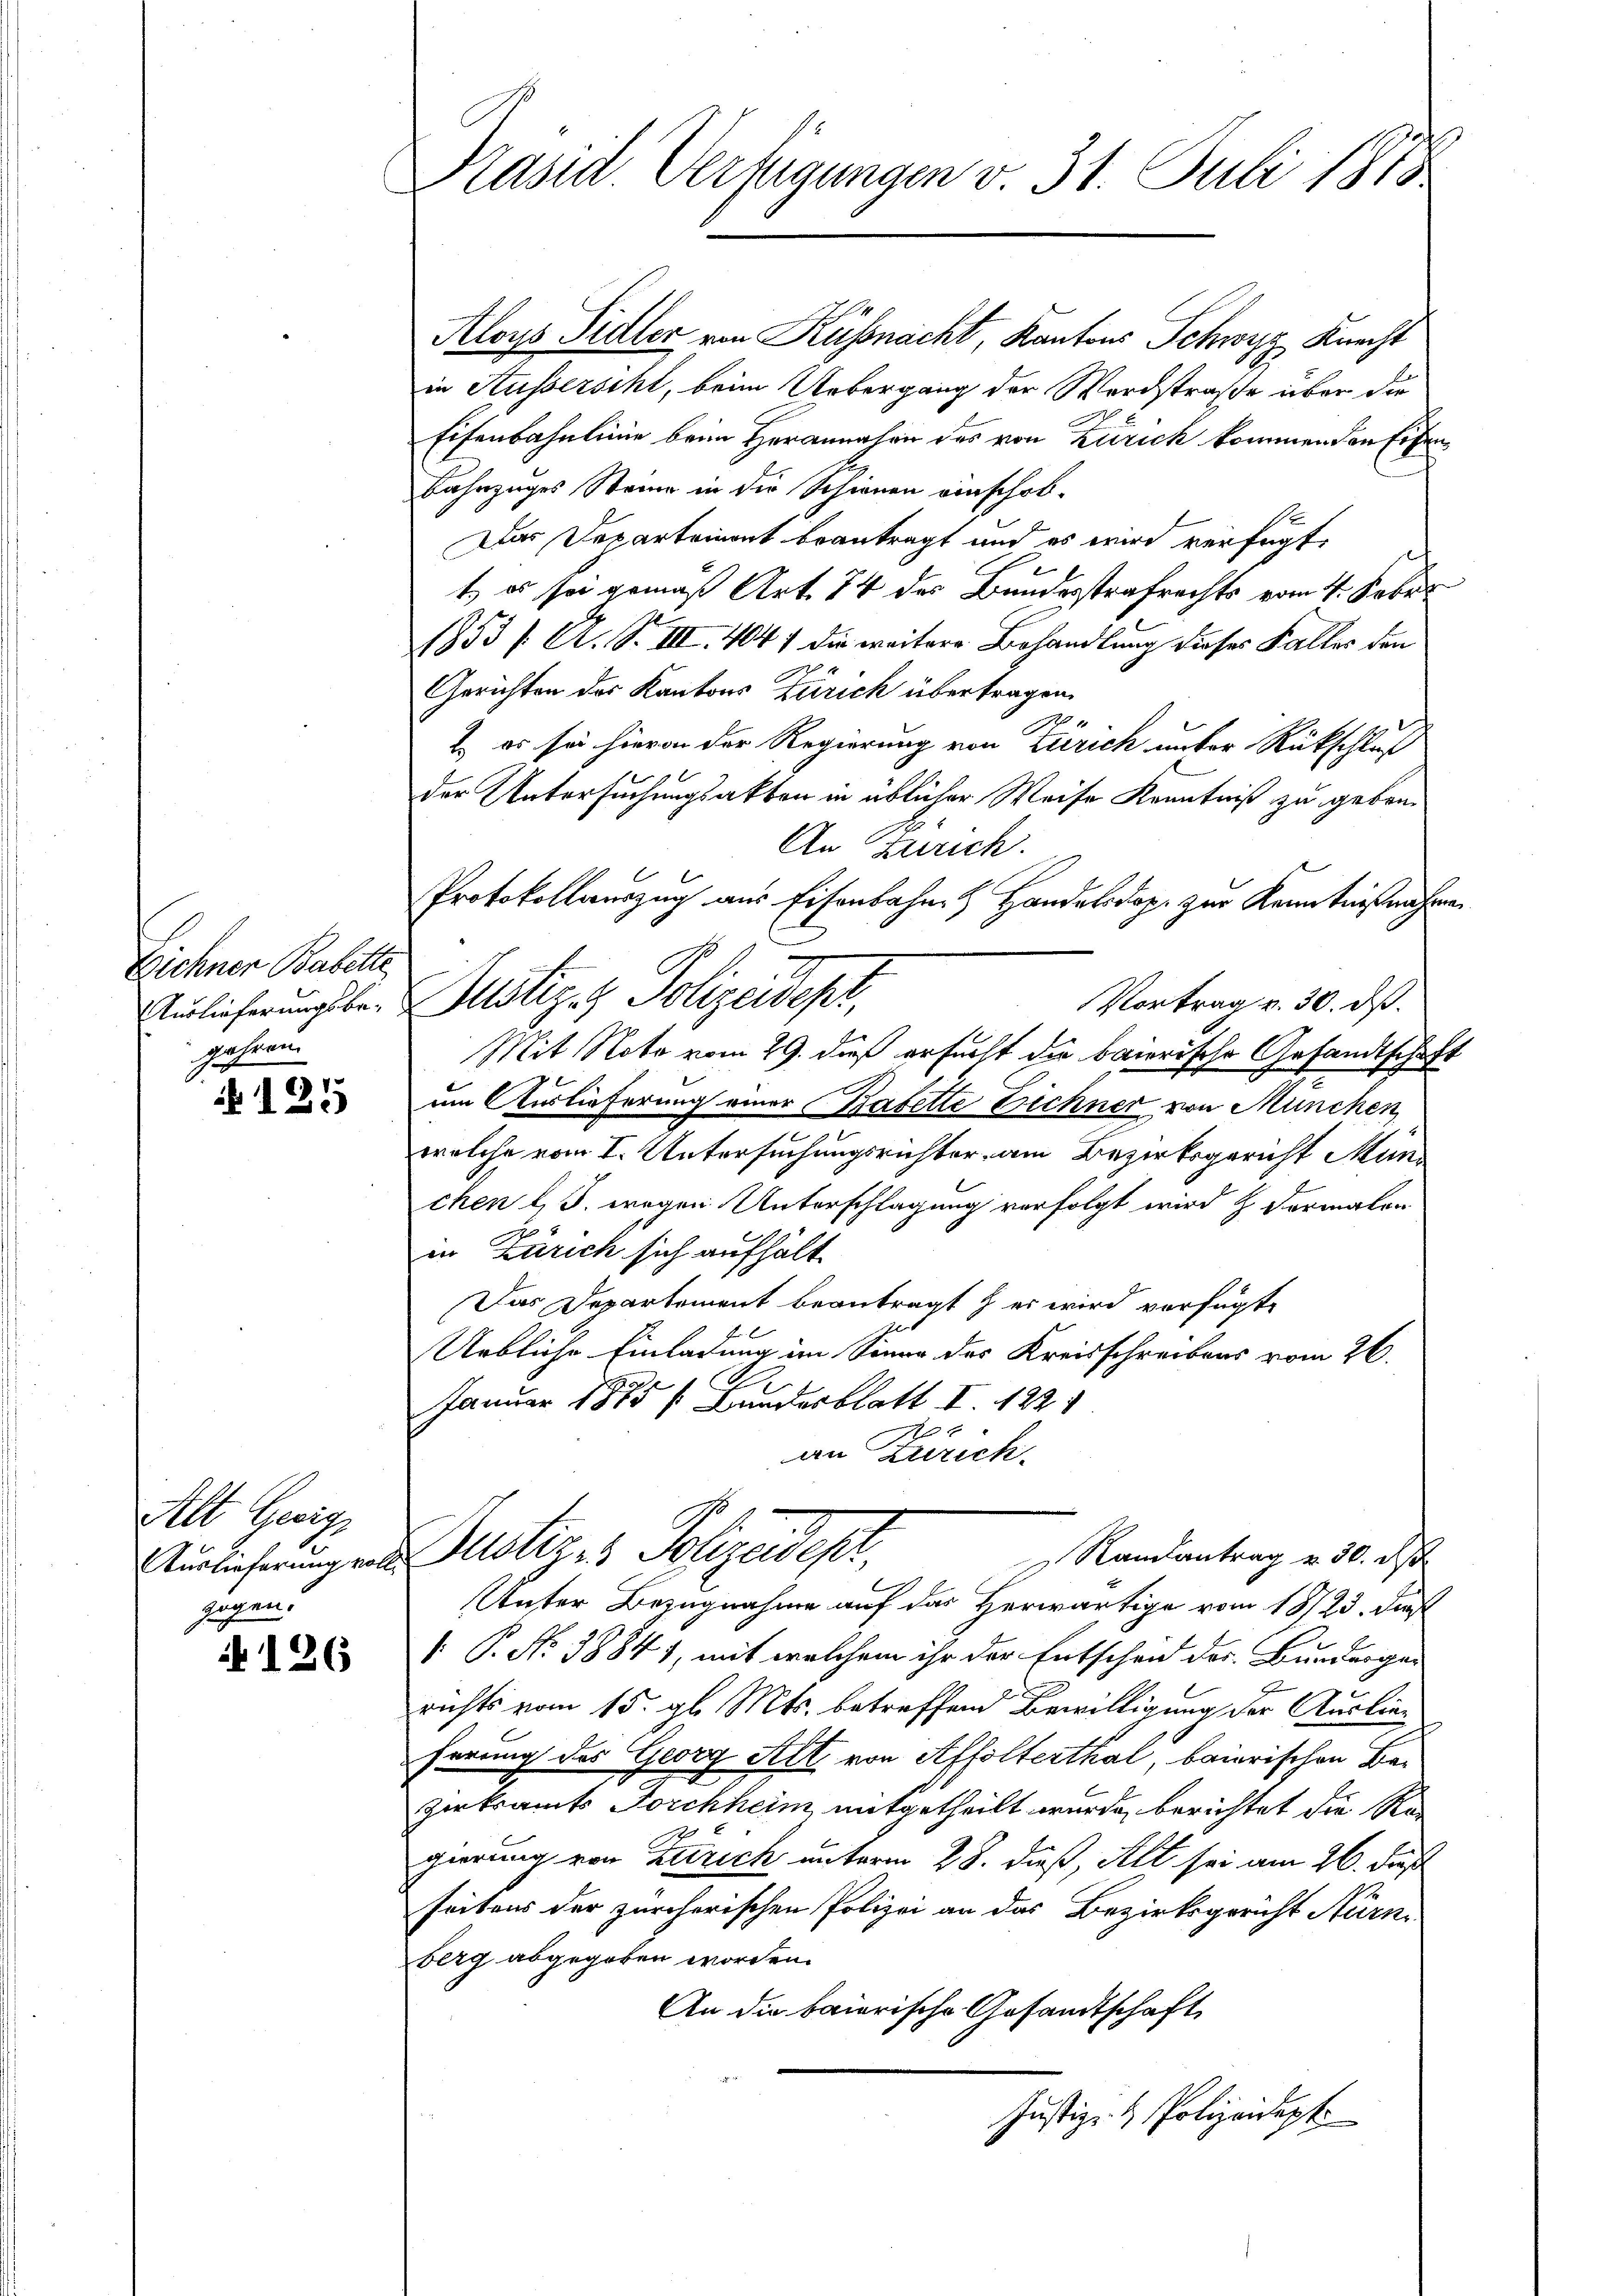
Eichner Babette
Auslieferungsbegehren.

125

Alt Geric
Auslieferung voll
gegen.

No 126

Kasid Verfügungen v. 31. Juli 1818.

Aloys Fidler von Küssnacht, Kantons Schwyz Knecht
in Ausserscht, beim Uebergang der Werdstraße über die
Eisenbahnlinie beim Herannahme des von Zürich kommen den Eisen¬
Bahnzuges Sterne in die Schienen einschob-
Das Departement beantragt und es wird verfügt
t.) es sei gemäß Art. 74 des Bundesstrafrechts vom 4. Feber
1753 / A. S. III. 404 1 die weitere Behandlung dieses Falles den
Gerichten des Kantons Zürich übertragen.
4
c
1. es sei hievon der Regierung von Zürich unter Rückschluß
der Untersuchungsakten in üblicher Weise Kenntniß zu geben¬
An Zürich.
Protokollauszug aus Eisenbahne Handelsdop. zur Kenntnißnahme
Justiz & Polizeidep
Vortrag v. 30. ds.
Mit Noto vom 29. dieß ersucht die baierische Gesandtschaft
um Auslieferung einer Babette Dichner von München
welche vom I. Untersuchungsrichter am Bezirksgericht München l. J. wegen Unterschlagung verfolgt wird z. Dermalen
in Zürich sich aufhält.
Das Departement beantragt & er wird verfügte
Urbliche Einladung im Sinne des Kreisschreibens vom 26.
Januar 1875 f. Bundesblatt I 122
 x
an Zürich.

Unter Bezugnahme auf das Herwärtige vom 1823. das
: P. No 38841, mit welchem ihr der Entschen des Bunderger
richts vom 15. gl. Mts. betreffend Bewilligung der Auslieferung des Georg Art von Affolterthal, baierischen Bezerkramts Forchheim mitgetheilt wurde, berichtet die Re
gierung von Zürich unterm 28. dieß, Alt sei am 26. Fuß
seitens der zürcherischen Polizei an das Bezirksgericht Nürn
berg abgegeben worden.
An die baierische Gesandtschaft
Justiz- & Polizeidept.

Dustiz & Polizeidep
Ramantrag v. 30. Ap